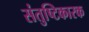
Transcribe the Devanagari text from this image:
संतुष्टिकारक